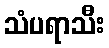
သံပရာသီး